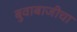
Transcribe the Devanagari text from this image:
बुवाबाजीचा